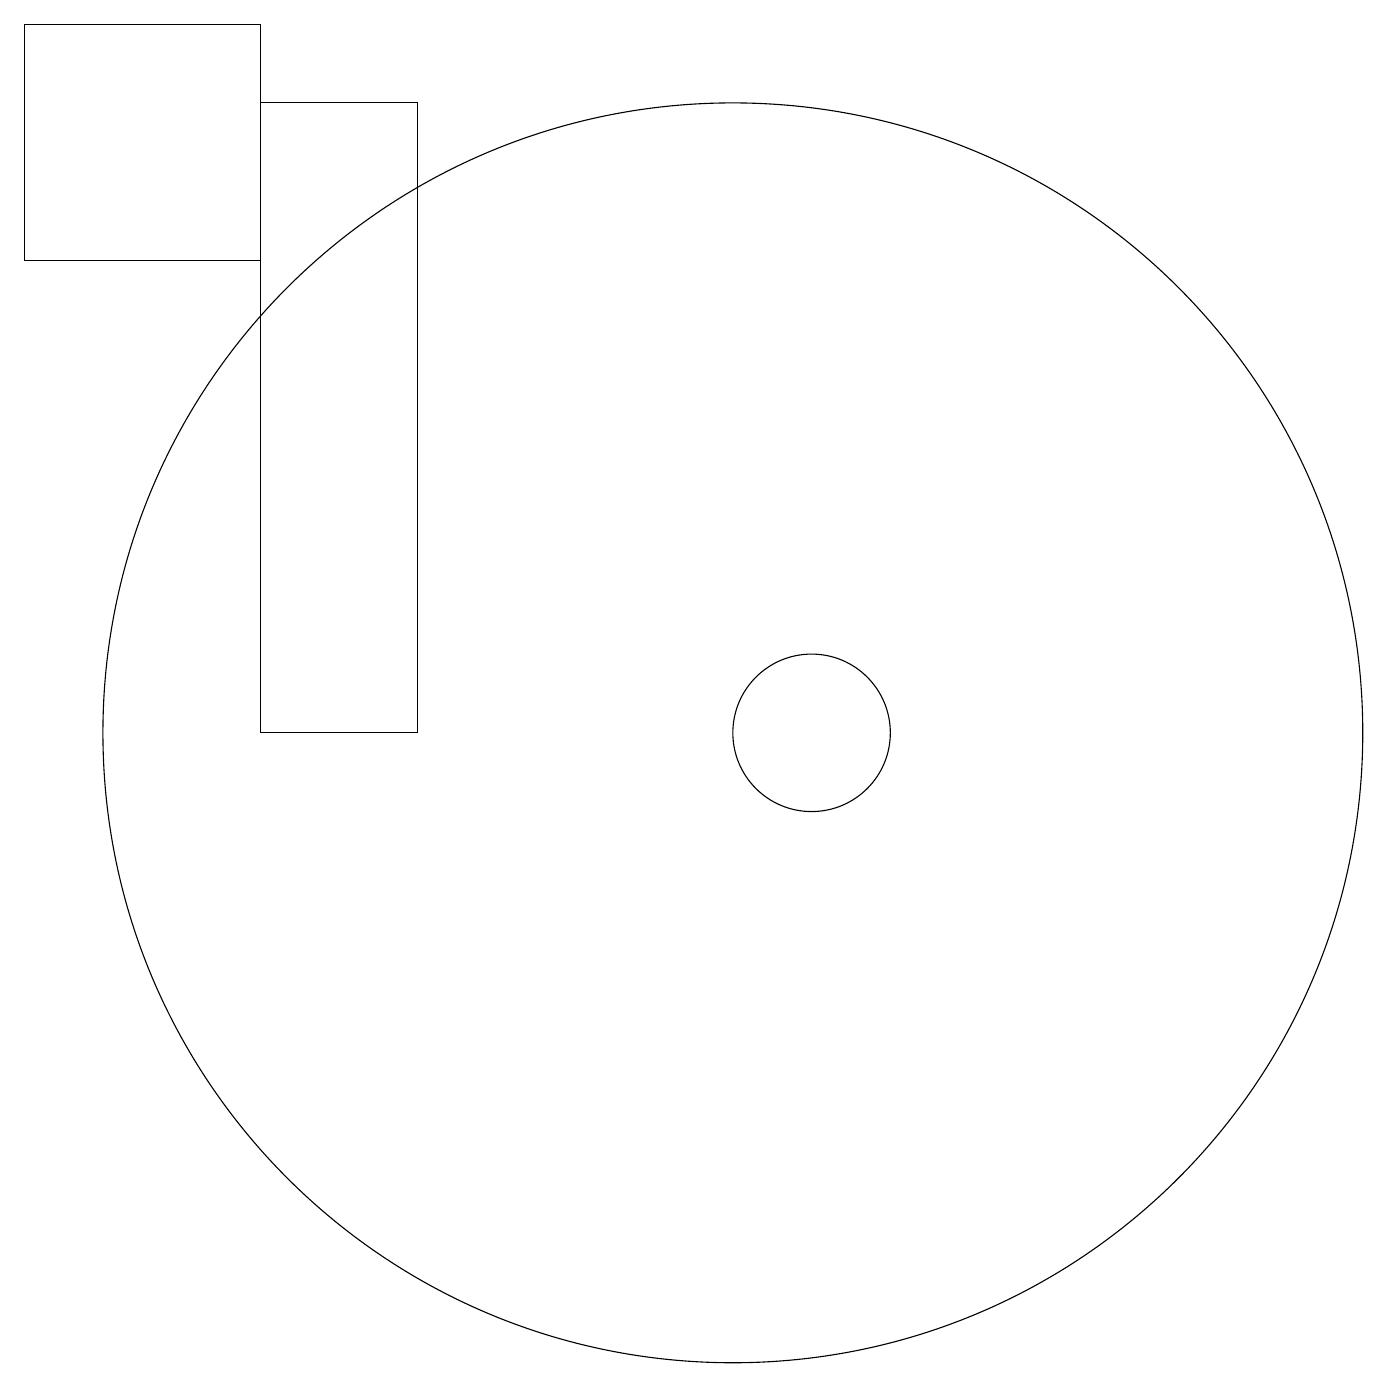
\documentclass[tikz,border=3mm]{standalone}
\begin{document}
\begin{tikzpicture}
\draw (6,18) rectangle (4,10);
\draw (4,19) rectangle (1,16);
\draw (10,10) circle (8);
\draw (11,10) circle (1);
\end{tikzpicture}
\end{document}